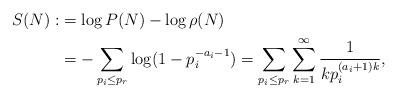
LaTeX: \begin{align*}S(N):&=\log P(N)-\log \rho (N)\\&=-\sum_{p_i\leq p_r}\log (1-p_i^{-a_i-1})=\sum_{p_i\leq p_r}\sum_{k=1}^{\infty}\frac{1}{kp_i^{(a_i+1)k}},\end{align*}